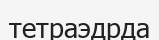
тетраэдрда